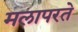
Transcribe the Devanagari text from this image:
मलापरते